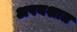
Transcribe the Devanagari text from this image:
अपयशात